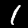
Digit: 1